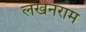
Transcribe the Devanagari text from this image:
लखनराम